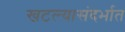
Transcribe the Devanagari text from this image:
खटल्यासंदर्भात